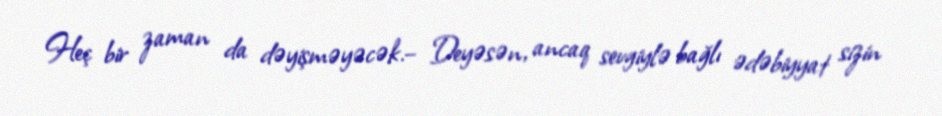
Heç bir zaman da dəyişməyəcək.– Deyəsən, ancaq sevgiylə bağlı ədəbiyyat sizin